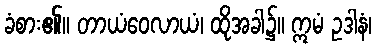
ခံစား၏။ တာယံဝေလာယံ၊ ထိုအခါ၌။ ဣမံ ဥဒါနံ၊